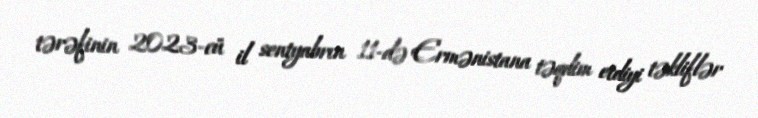
tərəfinin 2023-cü il sentyabrın 11-də Ermənistana təqdim etdiyi təkliflər